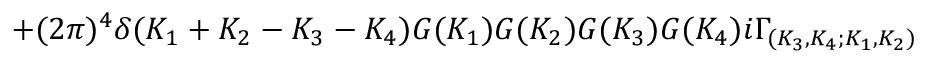
+ ( 2 \pi ) ^ { 4 } \delta ( { K _ { 1 } + K _ { 2 } - K _ { 3 } - K _ { 4 } } ) G ( K _ { 1 } ) G ( K _ { 2 } ) G ( K _ { 3 } ) G ( K _ { 4 } ) i \Gamma _ { ( K _ { 3 } , K _ { 4 } ; K _ { 1 } , K _ { 2 } ) }